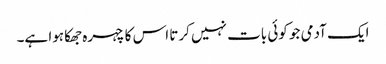
ایک آدمی جو کوئی بات نہیں کرتا اس کا چہرہ جھکا ہوا ہے۔